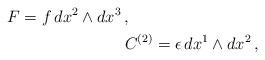
LaTeX: \begin{align*}F=f\,dx^{2}\wedge dx^{3}\,,\ \ \ \ \ \ \ \ \ \ \ \ \ \ \ \ \ \ \ \ \ \ \ \ \\ \ C^{\left( 2\right) }=\epsilon \,dx^{1}\wedge dx^{2}\,,\end{align*}